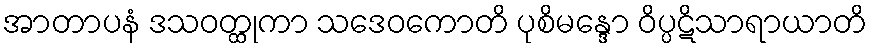
အာတာပနံ ဒသဝတ္ထုကာ သဒေဝကောတိ ပုစိမန္ဒော ဝိပ္ပဋိသာရာယာတိ